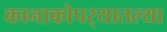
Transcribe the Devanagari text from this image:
कानाकोपर्‍यातल्या